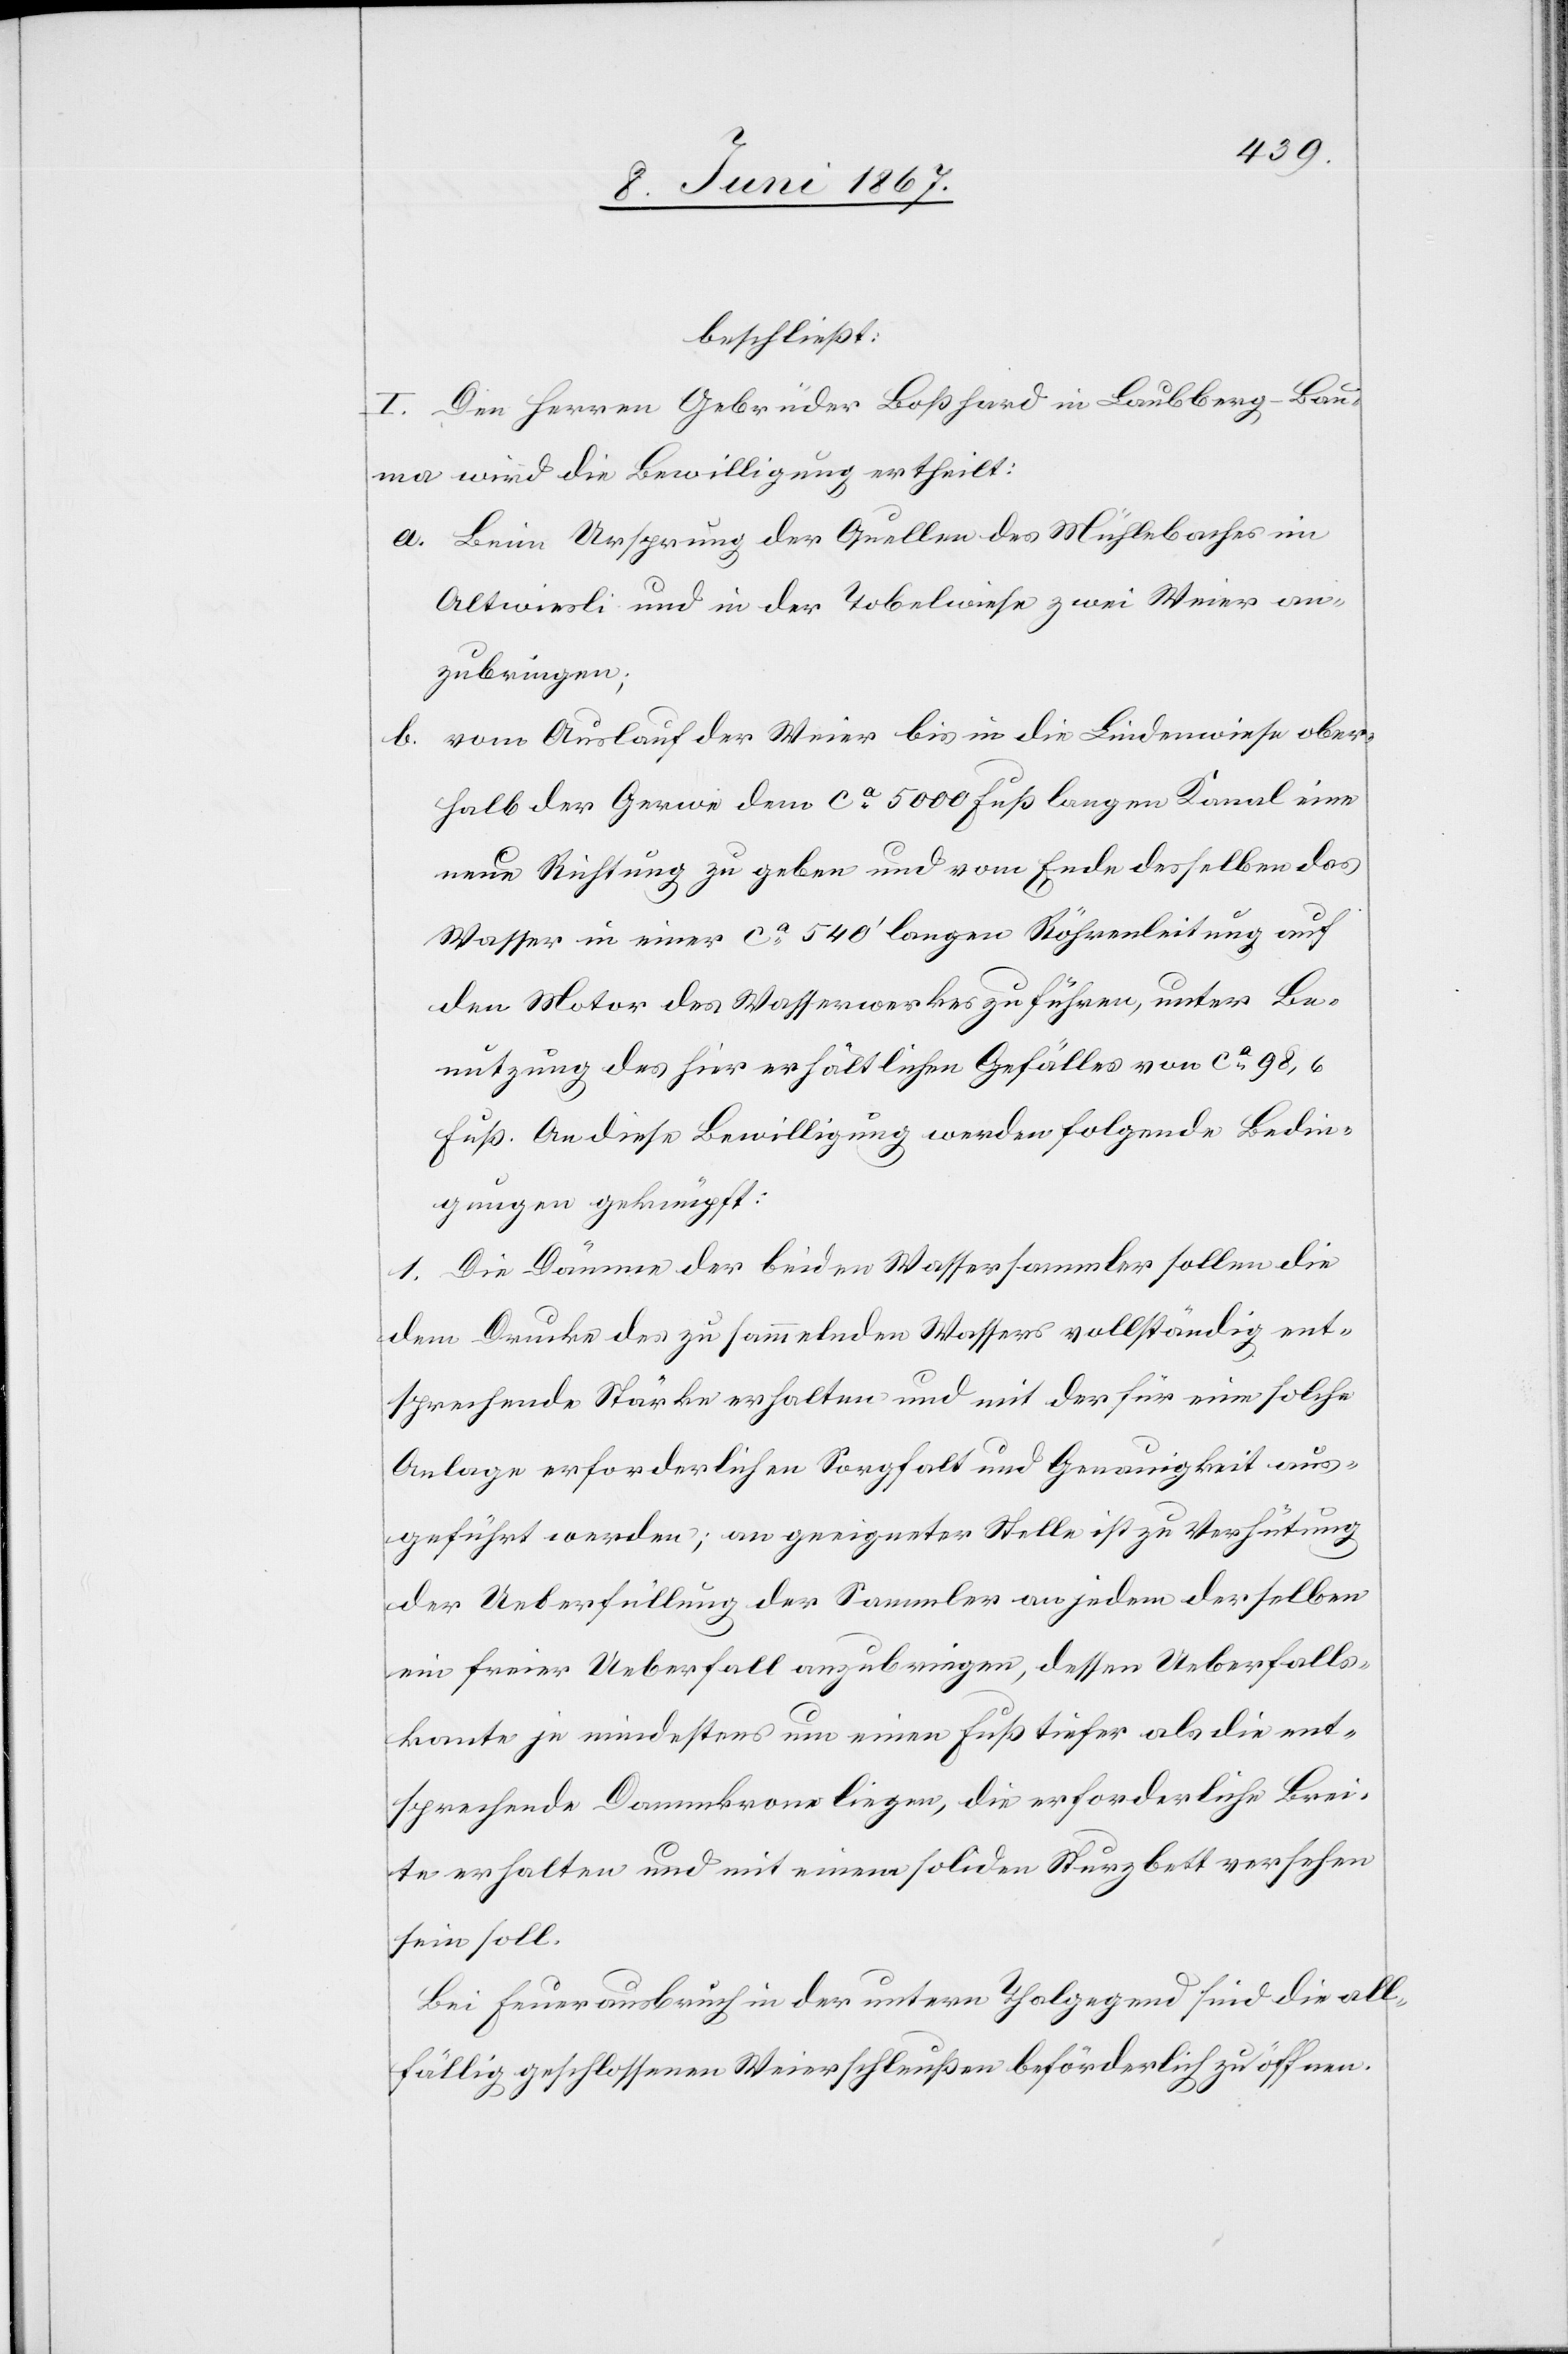
beschließt:
I. Den Herren Gebrüder Boßhard in Laubberg-Bau¬
ma wird die Bewilligung ertheilt:
a.	Beim Ursprung der Quellen des Mühlebaches im
Altwiesli [sic!] und in der Tobelwiese [sic!] zwei Weier an¬
zubringen;
b.	vom Auslauf der Weier bis in die Lindenwiese ober¬
halb der Gerwe dem ca. 5000 Fuß langen Kanal eine
neue Richtung zu geben und vom Ende desselben das
Wasser in einer ca. 540’ langen Röhrenleitung auf
den Motor des Wasserwerkes zu führen, unter Be¬
nutzung des hier erhältlichen Gefälles von ca. 98,6
An diese Bewilligung werden folgende Bedin¬
gungen geknüpft:
1. Die Dämme der beiden Wassersammler sollen die
dem Drucke des zu sammelnden Wassers vollständig ent¬
sprechende Stärke erhalten und mit der für eine solche
Anlage erforderlichen Sorgfalt und Genauigkeit aus¬
geführt werden; an geeigneter Stelle ist zu Verhütung
der Ueberfüllung der Sammler an jedem derselben
ein freier Ueberfall anzubringen, dessen Ueberfalls¬
kante je mindestens um einen Fuß tiefer als die ent¬
sprechende Dammkrone liegen, die erforderliche Brei¬
te erhalten und mit einem soliden Sturzbett versehen
sein soll.
Bei Feuerausbruch in der untern Thalgegend sind die all¬
fällig geschlossenen Weierschleußen beförderlich zu öffnen.